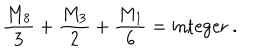
{ \frac { M _ { 8 } } { 3 } } + { \frac { M _ { 3 } } { 2 } } + { \frac { M _ { 1 } } { 6 } } = \mathrm { i n t e g e r } \ .